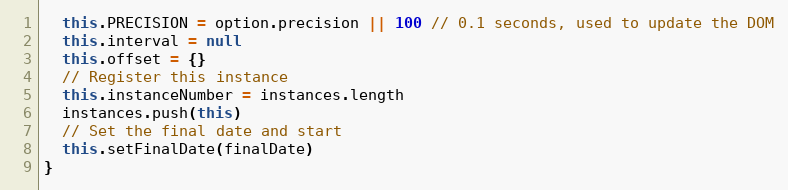
Language: JavaScript
  this.PRECISION = option.precision || 100 // 0.1 seconds, used to update the DOM
  this.interval = null
  this.offset = {}
  // Register this instance
  this.instanceNumber = instances.length
  instances.push(this)
  // Set the final date and start
  this.setFinalDate(finalDate)
}